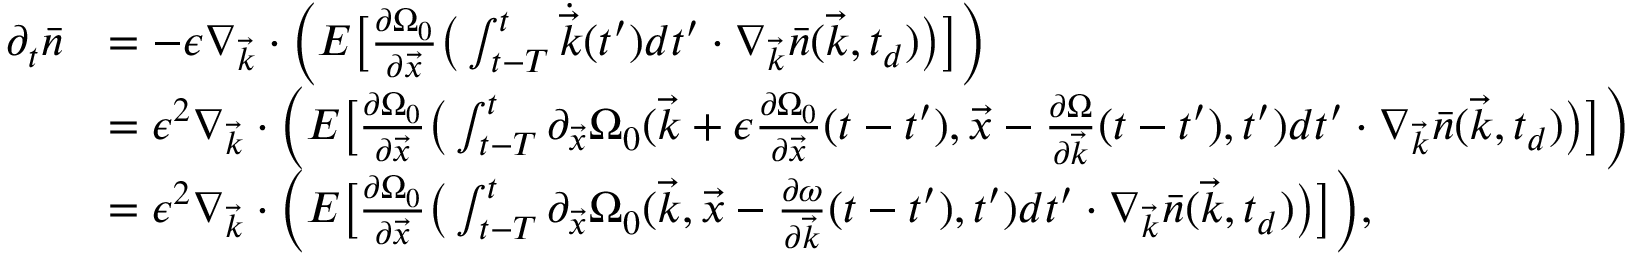
\begin{array} { r l } { \partial _ { t } \bar { n } } & { = - \epsilon \nabla _ { \vec { k } } \cdot \Big ( E \big [ \frac { \partial \Omega _ { 0 } } { \partial \vec { x } } \big ( \int _ { t - T } ^ { t } \dot { \vec { k } } ( t ^ { \prime } ) d t ^ { \prime } \cdot \nabla _ { \vec { k } } \bar { n } ( \vec { k } , t _ { d } ) \big ) \big ] \Big ) } \\ & { = \epsilon ^ { 2 } \nabla _ { \vec { k } } \cdot \Big ( E \big [ \frac { \partial \Omega _ { 0 } } { \partial \vec { x } } \big ( \int _ { t - T } ^ { t } \partial _ { \vec { x } } \Omega _ { 0 } ( \vec { k } + \epsilon \frac { \partial \Omega _ { 0 } } { \partial \vec { x } } ( t - t ^ { \prime } ) , \vec { x } - \frac { \partial \Omega } { \partial \vec { k } } ( t - t ^ { \prime } ) , t ^ { \prime } ) d t ^ { \prime } \cdot \nabla _ { \vec { k } } \bar { n } ( \vec { k } , t _ { d } ) \big ) \big ] \Big ) } \\ & { = \epsilon ^ { 2 } \nabla _ { \vec { k } } \cdot \Big ( E \big [ \frac { \partial \Omega _ { 0 } } { \partial \vec { x } } \big ( \int _ { t - T } ^ { t } \partial _ { \vec { x } } \Omega _ { 0 } ( \vec { k } , \vec { x } - \frac { \partial \omega } { \partial \vec { k } } ( t - t ^ { \prime } ) , t ^ { \prime } ) d t ^ { \prime } \cdot \nabla _ { \vec { k } } \bar { n } ( \vec { k } , t _ { d } ) \big ) \big ] \Big ) , } \end{array}